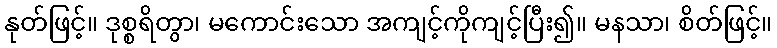
နုတ်ဖြင့်။ ဒုစ္စရိတွာ၊ မကောင်းသော အကျင့်ကိုကျင့်ပြီး၍။ မနသာ၊ စိတ်ဖြင့်။